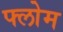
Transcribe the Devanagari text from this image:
फ्लोम